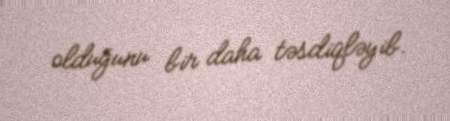
olduğunu bir daha təsdiqləyib.